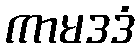
ကာမဒဒံ